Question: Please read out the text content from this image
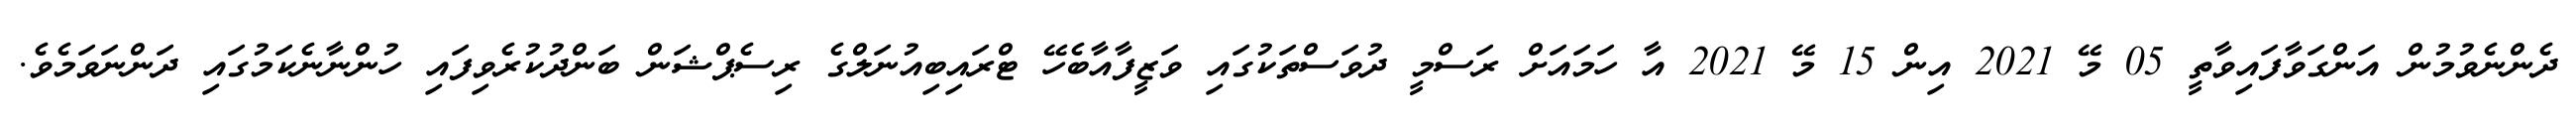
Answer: ދެންނެވުމުން އަންގަވާފައިވާތީ 05 މޭ 2021 އިން 15 މޭ 2021 އާ ހަމައަށް ރަސްމީ ދުވަސްތަކުގައި ވަޒީފާއާބެހޭ ޓްރައިބިއުނަލްގެ ރިސެޕްޝަން ބަންދުކުރެވިފައި ހުންނާނެކަމުގައި ދަންނަވަމެވެ.